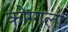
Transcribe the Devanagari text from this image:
कोग्गला